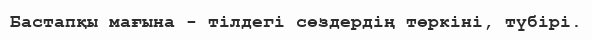
Бастапқы мағына - тілдегі сөздердің төркіні, түбірі.